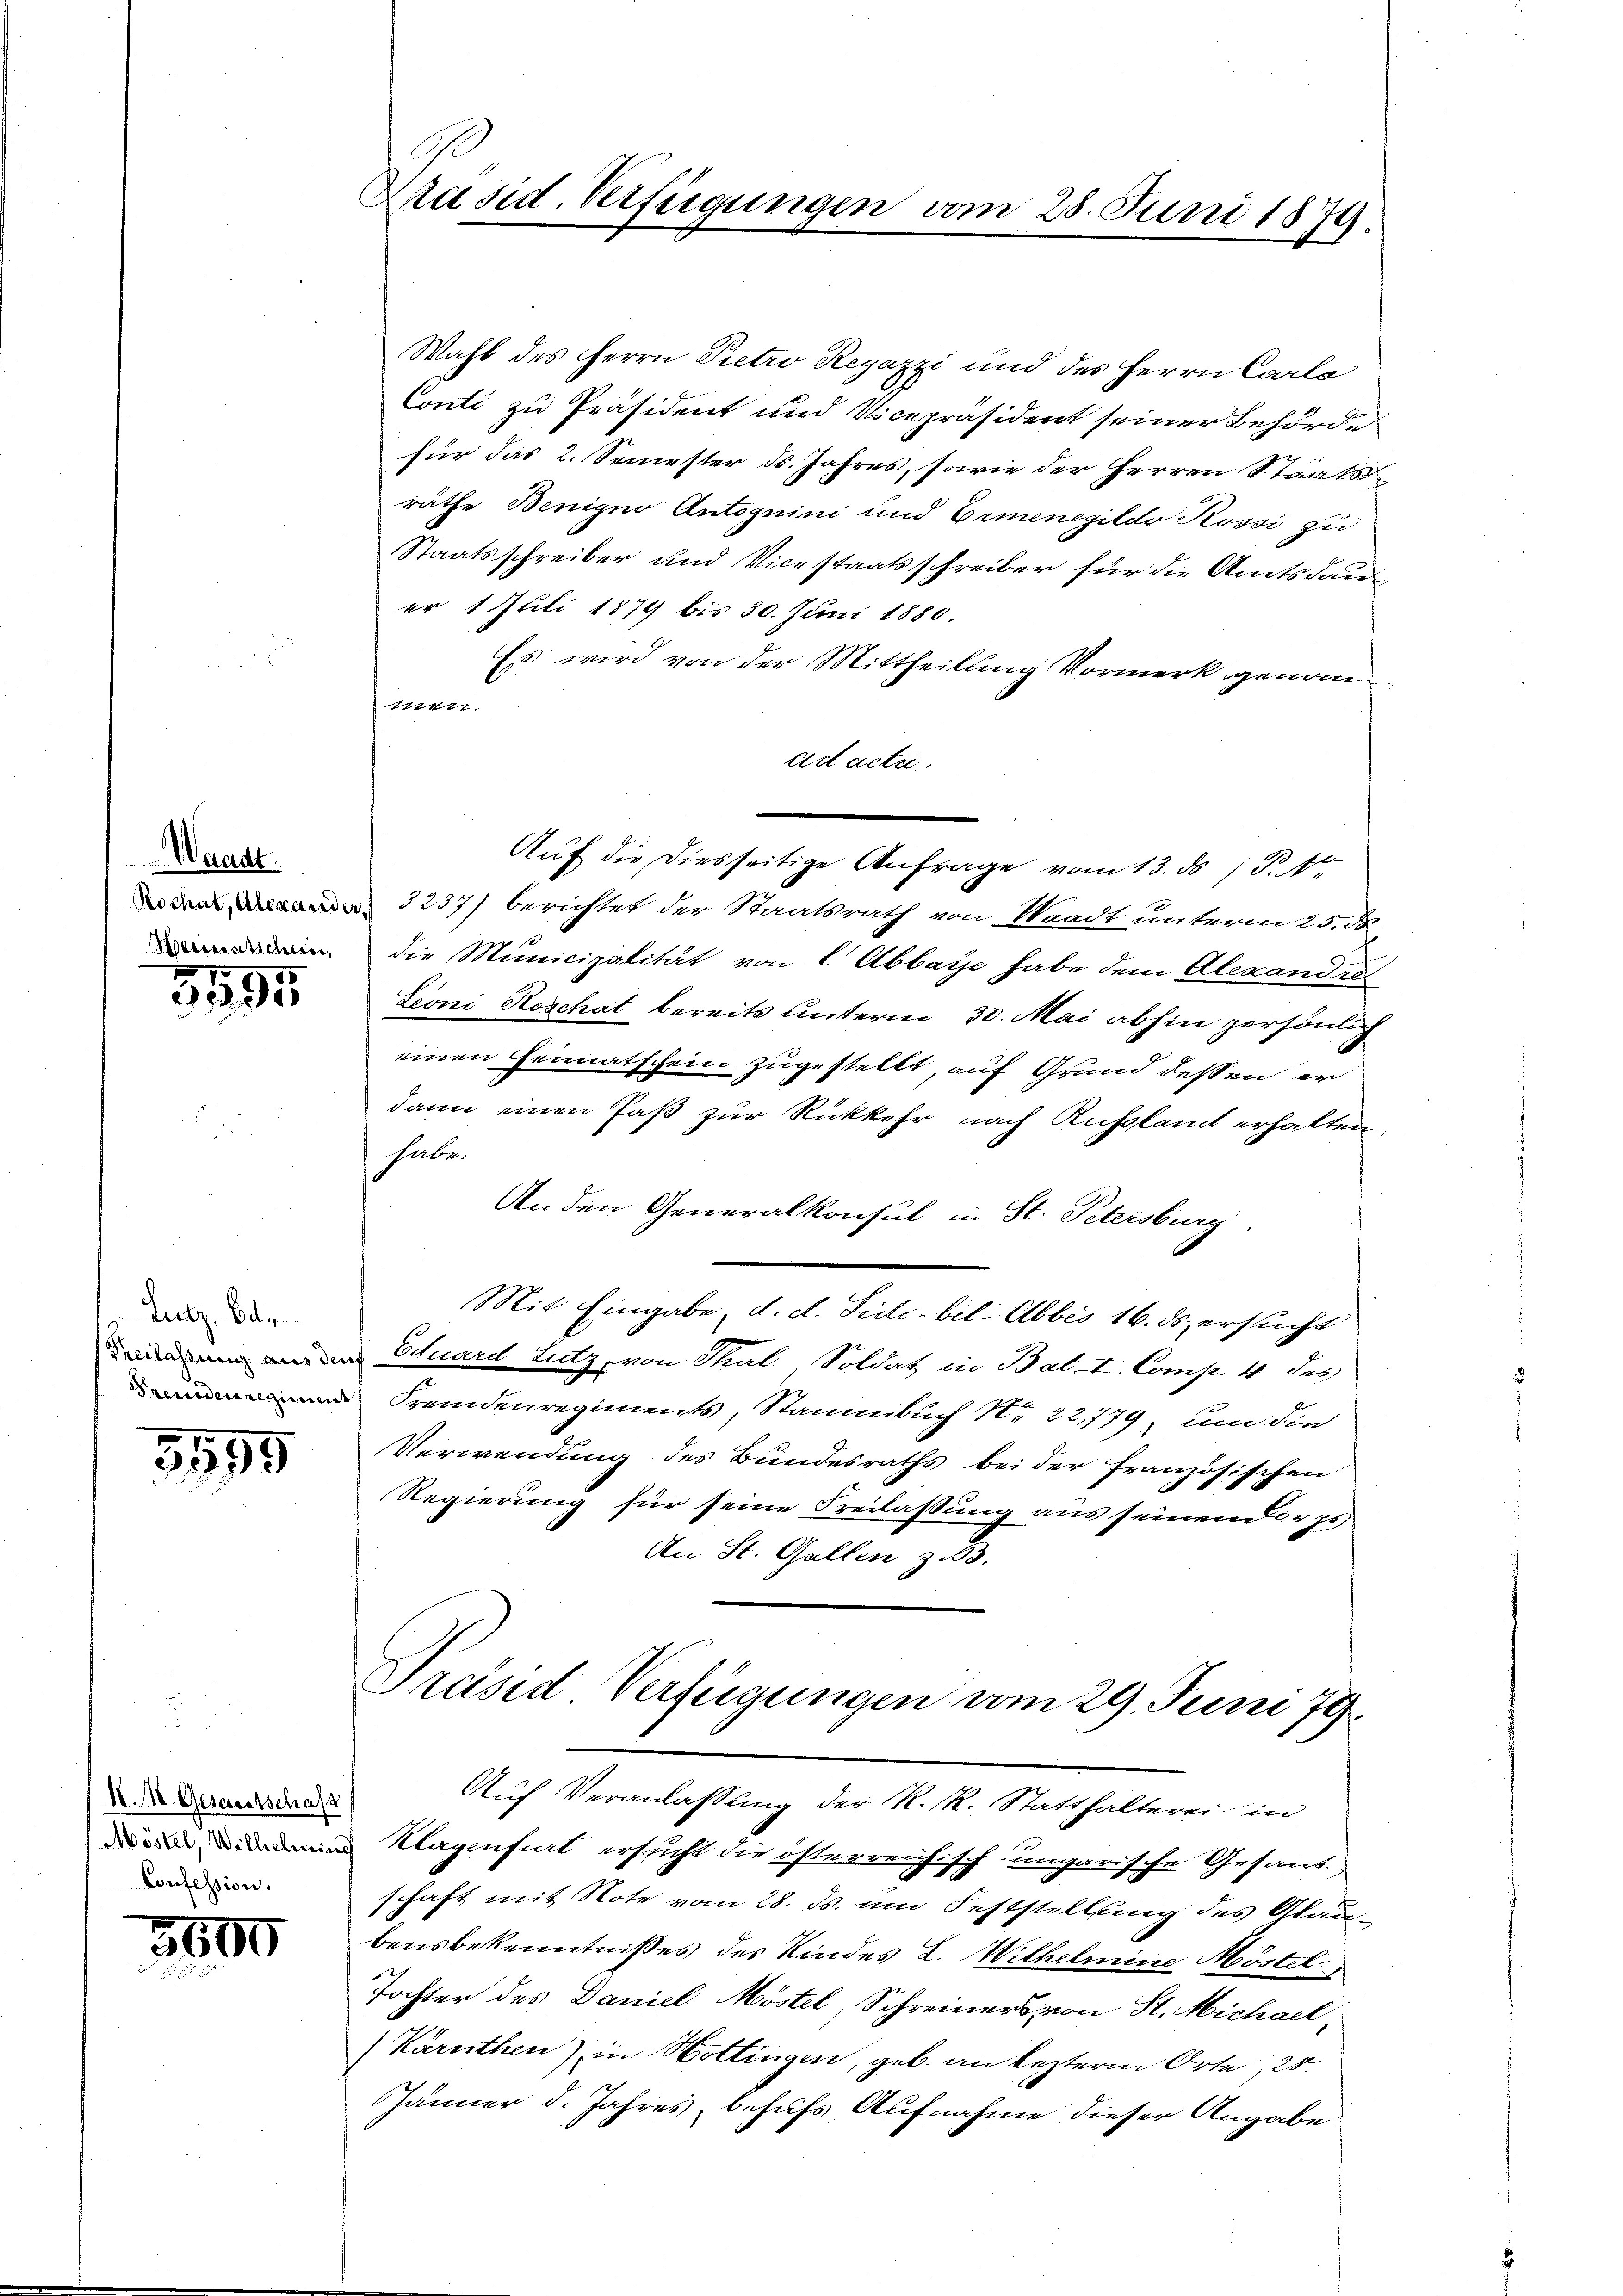
Waadt.
Heimatschein,

3195

Lutz, Bal¬

3195

I. 18. Gesarestschaft
Confession.

3600

Präsid. Verfügungen vom 28. Juni 1879.

Wahl des Herrn Pretro Regazzi und des Herrn Carls
Conti zu Präsident und Vicepräsident seiner Behörde
für das 2. Semester ds. Jahres, sowie der Herren Staats
räthe Benigno Antognini und Armenegildo Rossi zu
Staatsschreiber und Vicestaatsschreiber für die Amtsdau
er 1 Juli 1879 bis 30. Juni 1880.
Es wird von der Mittheilung Vormerk genommen.
ad acte.
Auf die diesseitige Anfrage vom 13. ds P. 1
 3237) berichtet der Staatsrath von Staadt unterm 25. d.
die Municipalität von l Abbaye habe dem Alexandes
Leoni Roschat bereits unterm 30. Mai abhin persönlich
einen Heimatschein zugestellt, auf Grund dessen er
dann einen Paß zur Rückkehr nach Rußlamt erhalten
habe.
An den Generalkonsul in St. Petersburg.
Mit Eingabe, d. d. Sie bel- Abbis 16. ds. ersucht
de an der Eduard Lutz, von Thal, Soldat in Bat. I. Comp. 4 des
m Fremdenregiments, Stammbuch N. 22779, um die
Verwendung des Bundesraths bei der französischen
Regierung für seine Freilassung aus seinen Korps
An St. Gallen z. B.

Präsid Verfügungen am 29. Juni 79.
Auf Veranlaßung der K. R. Statthalterei in

n Klagenfurt ersucht die österreichisch-ungarische Gesand
schaft mit Note vom 28. ds. um Feststellung des Glaubensbekenntnißes des Kindes L. Wilhelmine Möstel
Tochter des Daniel Möstel, Schreiners von St. Michael,
(Kärnthen) in Hottingen, geb. an lezterm Orte, 25.
Jänner d. Jahres, behufs Aufnahme dieser Angabe